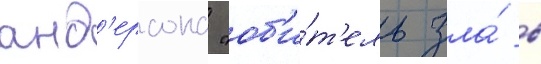
анд'ерсона "об'и́т'ель зла́ в